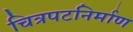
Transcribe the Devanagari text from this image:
चित्रपटनिर्माण